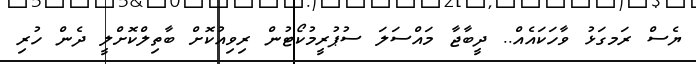
ޔެސް ރަމގަޅު ވާހަކައެއް.. ދީބާޖާ މައްސަލަ ސުޕުރީމުކޯޓުން ރިވިއުކޮށް ބާތިލްކޮށްލީ ދެން ހުރި